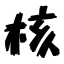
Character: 核